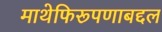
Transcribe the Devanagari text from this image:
माथेफिरूपणाबद्दल